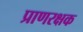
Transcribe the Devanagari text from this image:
प्राणरक्षक